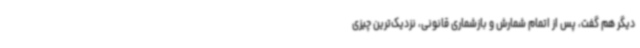
دیگر هم گفت، پس از اتمام شمارش و بازشماری قانونی، نزدیک‌ترین چیزی